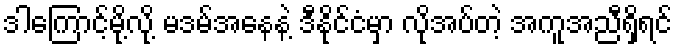
ဒါကြောင့်မို့လို့ မဒမ်အနေနဲ့ ဒီနိုင်ငံမှာ လိုအပ်တဲ့ အကူအညီရှိရင်